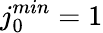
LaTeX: j_{0}^{min}=1